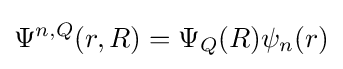
\Psi ^{n,Q}(r,R)=\Psi _{Q}(R)\psi _{n}(r)